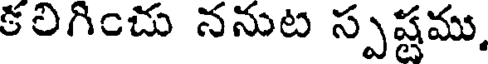
కలిగించు ననుట స్పష్టము,